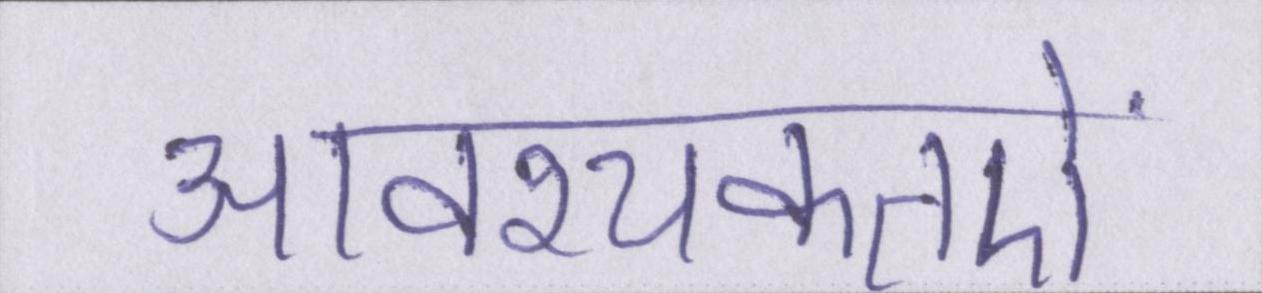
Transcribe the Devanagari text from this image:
आवश्यकतऐं